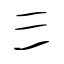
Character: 彡